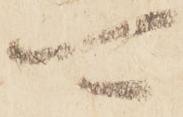
可